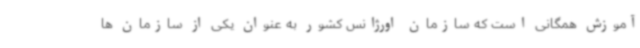
آموزش همگانی است که سازمان اورژانس کشور به عنوان یکی از سازمان ها